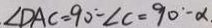
\angle D A C = 9 0 ^ { \circ } - \angle C = 9 0 ^ { \circ } - \alpha .